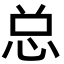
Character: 总